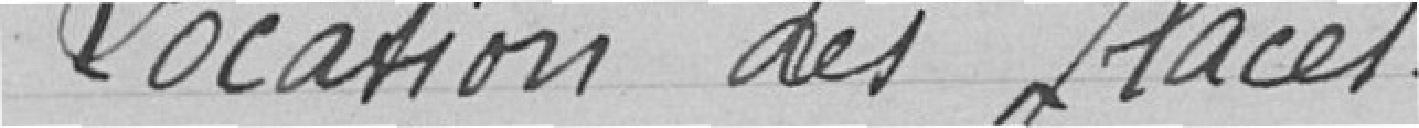
Location des places